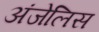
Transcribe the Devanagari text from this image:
अंजेलिस